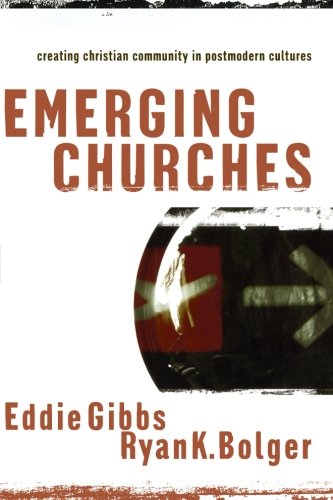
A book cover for Emerging Churches: Creating Christian Community in Postmodern Cultures; Eddie Gibbs; Christian Books & Bibles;